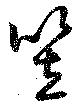
笠